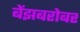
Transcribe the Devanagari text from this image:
बेंझबरोबर